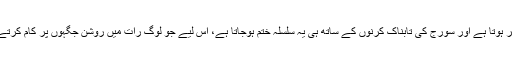
ایک سے دو بجے رات کے دوران یہ اپنے شباب پر ہوتا ہے اور سورج کی تابناک کرنوں کے ساتھ ہی یہ سلسلہ ختم ہوجاتا ہے، اس لیے جو لوگ رات میں روشن جگہوں پر کام کرتے ہیں ان میں میلا ٹونین کی نشوونما کم ہوجاتی ہے۔